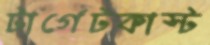
টার্গেটকাস্ট